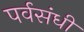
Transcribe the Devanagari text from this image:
पर्वसंधी